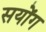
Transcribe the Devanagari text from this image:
सयोंग